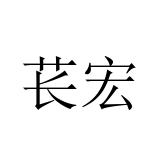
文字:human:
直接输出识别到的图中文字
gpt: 苌宏